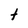
Character: t